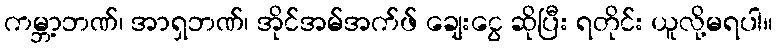
ကမ္ဘာ့ဘဏ်၊ အာရှဘဏ်၊ အိုင်အမ်အက်ဖ် ချေးငွေ ဆိုပြီး ရတိုင်း ယူလို့မရပါ။